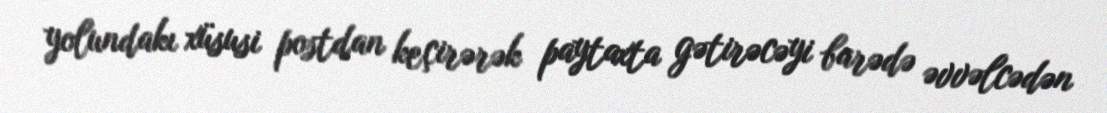
yolundakı xüsusi postdan keçirərək paytaxta gətirəcəyi barədə əvvəlcədən